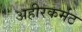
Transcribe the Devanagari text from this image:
अहीरकर्मठ